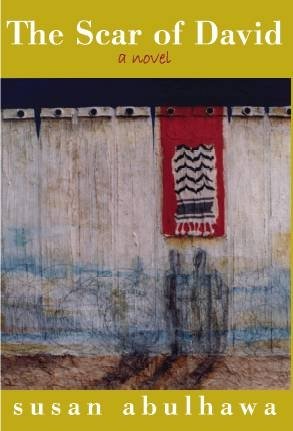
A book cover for The Scar of David; Susan Abulhawa; Christian Books & Bibles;